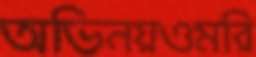
অভিনয়ওমরি